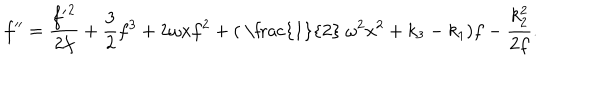
f ^ { \prime \prime } = { \frac { { f ^ { \prime } } ^ { 2 } } { 2 f } } + { \frac { 3 } { 2 } } f ^ { 3 } + 2 \omega x f ^ { 2 } + ( \mathrm { ~ \frac { 1 } { 2 } ~ } \omega ^ { 2 } x ^ { 2 } + k _ { 3 } - k _ { 1 } ) f - { \frac { k _ { 2 } ^ { 2 } } { 2 f } } .